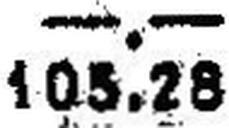
105.28